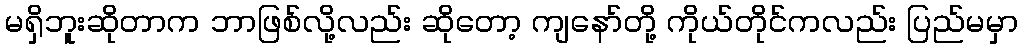
မရှိဘူးဆိုတာက ဘာဖြစ်လို့လည်း ဆိုတော့ ကျနော်တို့ ကိုယ်တိုင်ကလည်း ပြည်မမှာ